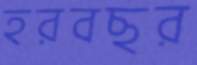
হরবছর